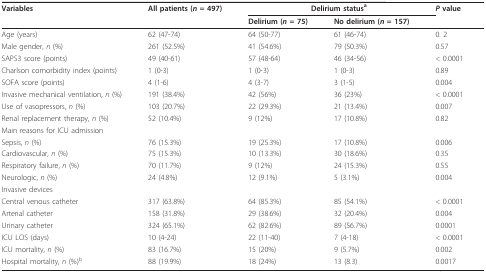
| Variables | All patients (n = 497) | <COLSPAN=2> Delirium statusa | P value |
 |  |  | Delirium (n = 75) | No delirium (n = 157) |  |
 | --- | --- | --- | --- | --- |
 | Age (years) | 62 (47-74) | 64 (50-77) | 61 (46-74) | 0. 2 |
 | Male gender, n (%) | 261 (52.5%) | 41 (54.6%) | 79 (50.3%) | 0.57 |
 | SAPS3 score (points) | 49 (40-61) | 57 (48-64) | 46 (34-56) | < 0.0001 |
 | Charlson comorbidity index (points) | 1 (0-3) | 1 (0-3) | 1 (0-3) | 0.89 |
 | SOFA score (points) | 4 (1-6) | 4 (3-7) | 3 (1-5) | 0.004 |
 | Invasive mechanical ventilation, n (%) | 191 (38.4%) | 42 (56%) | 36 (23%) | < 0.0001 |
 | Use of vasopressors, n (%) | 103 (20.7%) | 22 (29.3%) | 21 (13.4%) | 0.007 |
 | Renal replacement therapy, n (%) | 52 (10.4%) | 9 (12%) | 17 (10.8%) | 0.82 |
 | Main reasons for ICU admission |  |  |  |  |
 | Sepsis, n (%) | 76 (15.3%) | 19 (25.3%) | 17 (10.8%) | 0.006 |
 | Cardiovascular, n (%) | 75 (15.3%) | 10 (13.3%) | 30 (18.6%) | 0.35 |
 | Respiratory failure, n (%) | 70 (11.7%) | 9 (12%) | 24 (15.3%) | 0.55 |
 | Neurologic, n (%) | 24 (4.8%) | 12 (9.1%) | 5 (3.1%) | 0.004 |
 | Invasive devices |  |  |  |  |
 | Central venous catheter | 317 (63.8%) | 64 (85.3%) | 85 (54.1%) | < 0.0001 |
 | Arterial catheter | 158 (31.8%) | 29 (38.6%) | 32 (20.4%) | 0.004 |
 | Urinary catheter | 324 (65.1%) | 62 (82.6%) | 89 (56.7%) | 0.0001 |
 | ICU LOS (days) | 10 (4-24) | 22 (11-40) | 7 (4-18) | < 0.0001 |
 | ICU mortality, n (%) | 83 (16.7%) | 15 (20%) | 9 (5.7%) | 0.002 |
 | Hospital mortality, n (%)b | 88 (19.9%) | 18 (24%) | 13 (8.3) | 0.0017 |